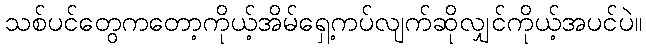
သစ်ပင်တွေကတော့ကိုယ့်အိမ်ရှေ့ကပ်လျက်ဆိုလျှင်ကိုယ့်အပင်ပဲ။